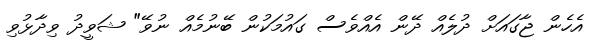
އެހެން ޖާގައަށް ދުލެއް ދޭން އެއްވެސް ގައުމަކުން ބޭނުމެއް ނުވޭ" ޝަވީދު ވިދާޅުވި